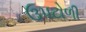
ઉપટોળી